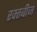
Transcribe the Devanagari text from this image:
रक्‍तबीज